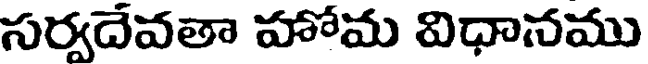
సర్వదేవతా హోమ విధానము